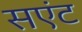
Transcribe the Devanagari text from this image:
सएंट